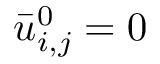
\bar { u } _ { i , j } ^ { 0 } = 0